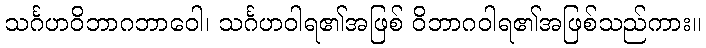
သင်္ဂဟဝိဘာဂဘာဝေါ၊ သင်္ဂဟဝါရ၏အဖြစ် ဝိဘာဂဝါရ၏အဖြစ်သည်ကား။